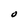
Character: O